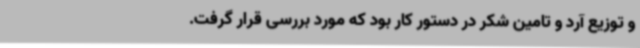
و توزیع آرد و تامین شکر در دستور کار بود که مورد بررسی قرار گرفت.